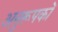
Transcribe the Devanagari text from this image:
अनुरूपकों